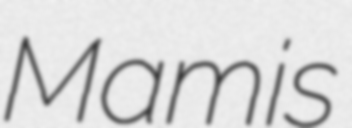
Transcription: Mamis